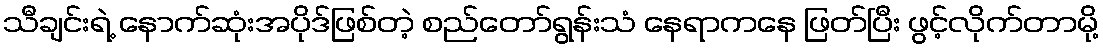
သီချင်းရဲ့ နောက်ဆုံးအပိုဒ်ဖြစ်တဲ့ စည်တော်ရွန်းသံ နေရာကနေ ဖြတ်ပြီး ဖွင့်လိုက်တာမို့